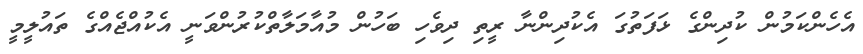
އެހެންކަމުން ކުދިންގެ ޅަފަތުގަ އެކުދިންނާ ރީތި ދިވެހި ބަހުން މުއާމަލާތްކުރުންވަނީ އެކުއްޖެއްގެ ތައުލީމީ